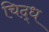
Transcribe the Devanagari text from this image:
चिद्ध